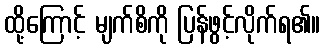
ထို့ကြောင့် မျက်စိကို ပြန်ဖွင့်လိုက်ရ၏။